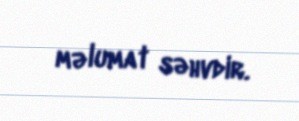
məlumat səhvdir.